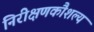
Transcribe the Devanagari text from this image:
निरीक्षणकौशल्य